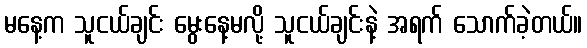
မနေ့က သူငယ်ချင်း မွေးနေ့မလို့ သူငယ်ချင်းနဲ့ အရက် သောက်ခဲ့တယ်။